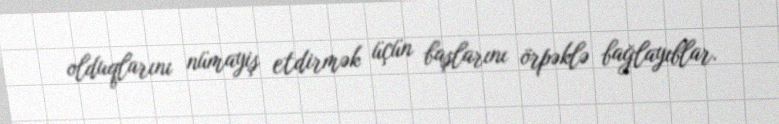
olduqlarını nümayiş etdirmək üçün başlarını örpəklə bağlayıblar.